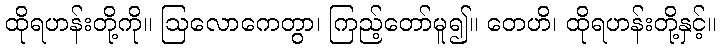
ထိုရဟန်းတို့ကို။ ဩလောကေတွာ၊ ကြည့်တော်မူ၍။ တေဟိ၊ ထိုရဟန်းတို့နှင့်။